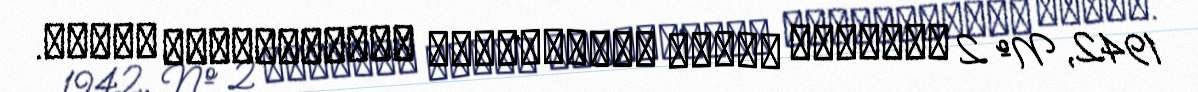
1942, № 2 روزنامه فكاهي آذربايجان، ملانصرالدين ايران.